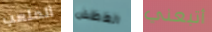
الملعب العطش أتبعني